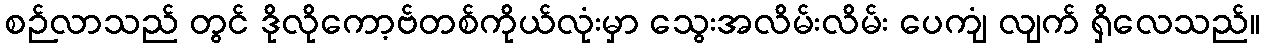
စဉ်လာသည် တွင် ဒိုလိုကော့ဗ်တစ်ကိုယ်လုံးမှာ သွေးအလိမ်းလိမ်း ပေကျံ လျက် ရှိလေသည်။